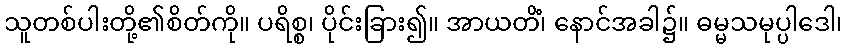
သူတစ်ပါးတို့၏စိတ်ကို။ ပရိစ္စ၊ ပိုင်းခြား၍။ အာယတိံ၊ နောင်အခါ၌။ ဓမ္မသမုပ္ပါဒေါ၊